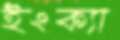
ইংক্যা